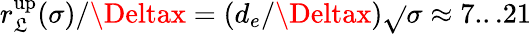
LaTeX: r_{\mathfrak{L}}^{\mathrm{{up}}}(\sigma)/\Deltax=(d_{e}/\Deltax)\sqrt{}{{\sigma}}\approx7...21